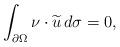
LaTeX: \begin{align*}\int_{\partial\Omega}\nu\cdot\widetilde u\,d\sigma=0,\end{align*}